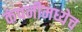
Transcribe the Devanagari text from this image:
कंपनीमध्येच